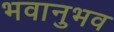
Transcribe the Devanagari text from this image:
भवानुभव